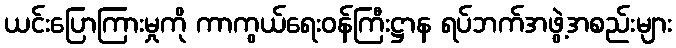
ယင်းပြောကြားမှုကို ကာကွယ်ရေးဝန်ကြီးဋ္ဌာန ရပ်ဘက်အဖွဲ့အစည်းများ